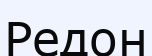
Редон